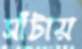
সাঁটায়